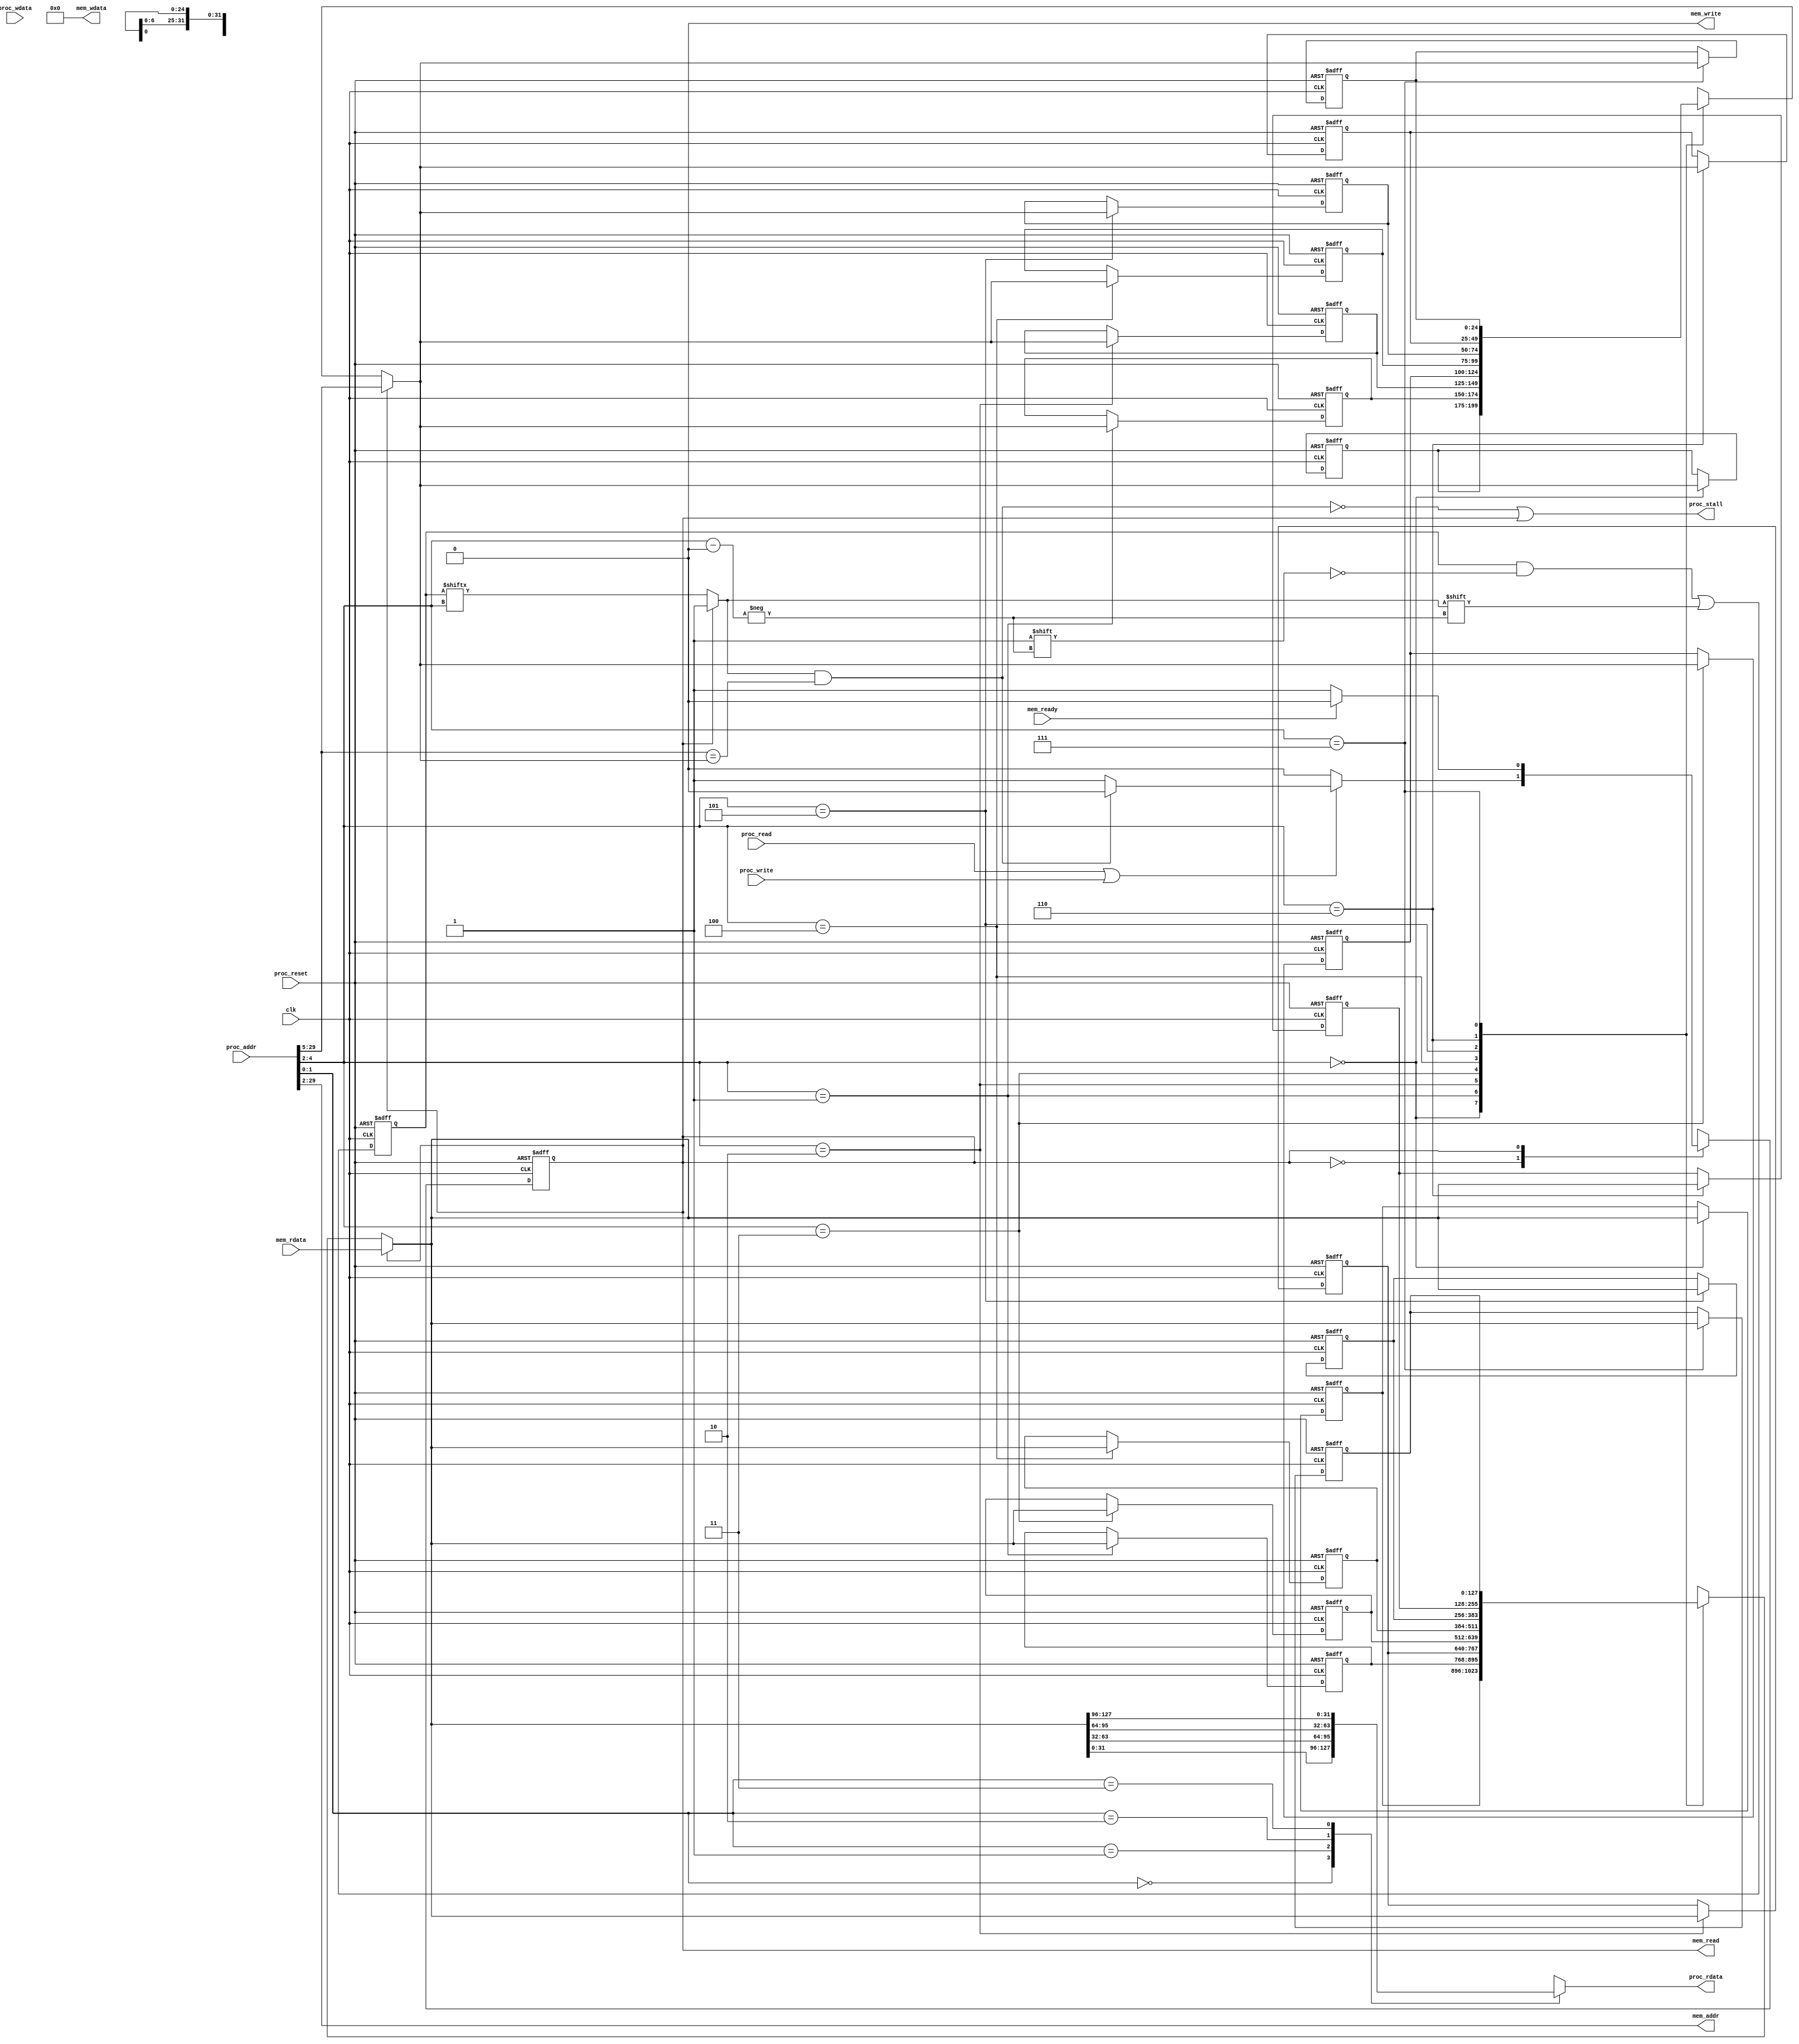
module I_L1cache(
    clk,
    proc_reset,
    proc_read,
    proc_write,
    proc_addr,
    proc_wdata,
    proc_stall,
    proc_rdata,
    mem_read,
    mem_write,
    mem_addr,
    mem_rdata,
    mem_wdata,
    mem_ready
);	// output improvement
    
	//parameter BLOCK_SIZE = 128;
	//parameter TAG_SIZE = 25;

	//parameter BLOCK_NUM = 8;

//==== input/output definition ============================
    input          clk;
    // processor interface
    input          proc_reset;
    input          proc_read, proc_write;
    input   [29:0] proc_addr;
    input   [31:0] proc_wdata;
    output         proc_stall;
    output reg [31:0] proc_rdata;
    // memory interface
    input  [127:0] mem_rdata;
    input          mem_ready;
    output 	       mem_read, mem_write;
    output  [27:0] mem_addr;
    output  [127:0] mem_wdata;
    
//==== wire/reg definition ================================

	reg [127:0] block;
	reg  [127:0]block_save[7:0] ;
	reg [127:0] data; 	//cache
	reg [7:0] valid_save;
	reg valid;
	reg [24:0] tag;
	reg [24:0] tag_save [7:0];

	reg state, next_state;

	wire [2:0] index;
	wire hit;

	integer i;

	integer counter, next_counter, miss, next_miss;    
//==== combinational circuit ==============================


	assign index = proc_addr[4:2];
	assign hit = valid && (proc_addr[29:5] == tag);

	always @(*) begin	//for state
	next_counter = counter;
	next_miss = miss; 
		case(state) 
			1'b0:begin 	//Read or Write
				if(proc_read||proc_write) begin
					if (hit) begin
						next_counter = counter +1;
						next_state = 1'b0;
					end
					else begin
						next_counter = counter +1;
						next_miss = miss +1; 
						next_state = 1'b1;
					end
				end
				else
					next_state = 1'b0;
			end


			1'b1:begin	//Write 4-word data from memory to cache
				if(mem_ready) begin
					next_state = 1'b0;
				end
				else begin
					next_state = 1'b1;
				end
			end
			
		endcase
	end

	always @(*) begin //for output
		case(proc_addr[1:0])
			2'd0: proc_rdata = block[31:0];
			2'd1: proc_rdata = block[63:32];
			2'd2: proc_rdata = block[95:64];
			2'd3: proc_rdata = block[127:96];
		endcase
	end

	assign proc_stall = ~hit || state;
	assign mem_wdata = 128'b0;
	assign mem_addr = proc_addr[29:2];
	assign mem_read = state;
	assign mem_write = 1'b0;


	always @(*)begin	//to write data to cache
			valid = valid_save[index];
			block = block_save[index];
			tag = tag_save[index];
		
		if(state) begin
			valid = 1'b1;
			tag = proc_addr[29:5];
			block = mem_rdata;
		end
	end

	

	

	

	



//==== sequential circuit =================================
	always@( posedge clk or posedge proc_reset ) begin
	    if( proc_reset ) begin
	    	state <= 2'b00;
			valid_save <= 8'b0;
			miss <= 0;
			counter <= 0;
			for(i = 0; i <8; i = i+1) begin
			tag_save[i] <= 25'b0;  
			block_save[i] <= 128'b0;
			end
		end
	    else begin
	    	miss <= next_miss;
	    	counter <= next_counter;
	    	state <= next_state;
			valid_save[index] <= valid;
			tag_save[index] <= tag;
			block_save[index] <= block;

	    end
	end


endmodule